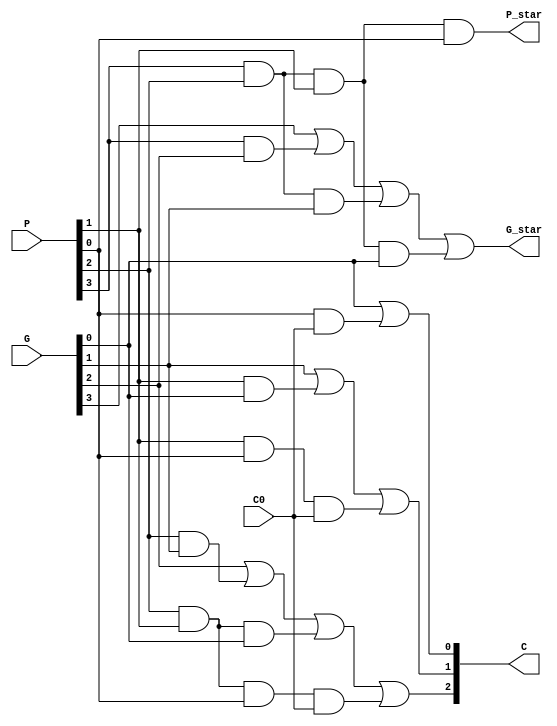
`timescale 1ns / 1ps
`default_nettype none
module block_carry_lookahead_unit(G_star, P_star,C,G,P,C0);
output wire G_star, P_star;
output wire [3:1] C; // C3, C2, C1
input wire [3:0] G,P;
input wire C0;

assign C[1] = G[0] | P[0]&C0;
assign C[2] = G[1] | (P[1]&G[0]) | (P[1]&P[0]&C0);
assign C[3] = G[2] | (P[2]&G[1]) | (P[2]&P[1]&G[0]) | (P[2]&P[1]&P[0]&C0);

//assign C[3:2] = G[2:1] | (P[2:1] & C[2:1]);
assign G_star  = G[3]|(P[3]&G[2])|(P[3]&P[2]&G[1])|(P[3]&P[2]&P[1]&G[0]);
assign P_star = P[3]&P[2]&P[1]&P[0];


endmodule